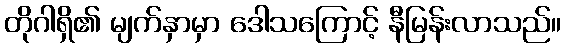
တိုဂါရှိ၏ မျက်နှာမှာ ဒေါသကြောင့် နီမြန်းလာသည်။